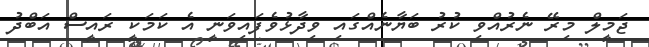
ޖަމީލް މިރޭ ނެރުއްވި ކުރު ބަޔާނެއްގައި ވިދާޅުވެފައިވަނީ އެ ކަމަކީ ރައީސް އަބްދު